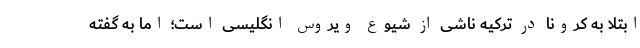
ابتلا به کرونا در ترکیه ناشی از شیوع ویروس انگلیسی است؛ اما به گفته